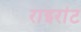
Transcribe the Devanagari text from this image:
राइरांट